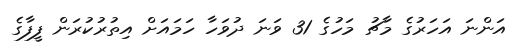
އަންނަ އަހަރުގެ މާޗު މަހުގެ 31 ވަނަ ދުވަހާ ހަމައަށް އިތުރުކުރަން ފީފާގެ